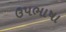
ઉપભાષા